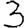
Digit: 3